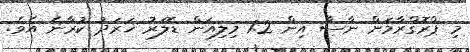
މި ޕްރޮގްރާމަށް ނާސާ އިން 1.2 މިލިއަން ޑޮލަރު ޚަރަދު ކުރާނެ އެވެ.